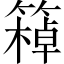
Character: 𥴙